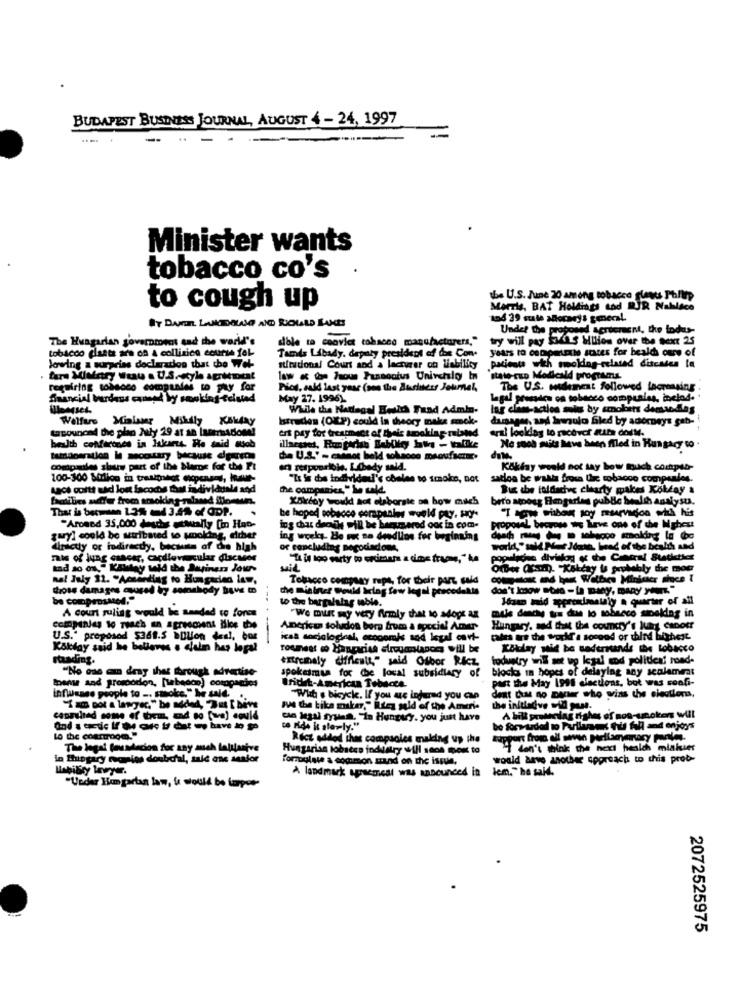
BUDAPEST BUSINESS JOURNAL, AUGUST 4 - 24, 1997
-
Minister wants
tobacco co's
the U.S. June 20 among tobacco glands Ph/Up
to cough up
Morris, BAT Holdings tod MIR Nabisco
104 39 cute Mocney's general.
Under the Fg
woponad agricment, the focus-
The Hungarian governtowet sad the world's
dole to convict tohaces manufacturers,"
try will pay $ins Million over the Next 25
tobacco plaats ara on a collinice course fel-
years to compete states for health ours of
lowing a surpriss declaration that the Web-
Tamds Libady. deputy president of dos Con.
stfracional Court and a lacturar of liability
patients with smoking-related diseases la
state-cup Modicald programs
repairing tobacco companies to pay for
Pici, sald last year (sos the Business Jelimel,
The U.S. mudemest followed increasing .
Suancial burdens canand Wy smoking celuind
May 27. 1996).
legal precies os tobacco comprales, inclod.
While the Nadagal Health Fand Admin.
Ing class-action sales by smobets demac.das
Welfare Malar Misly Kahday
Istrudes (OKP) could in theory make smok-
damages, and harmulo filed by adorDeys gab-
tacounced the plan July 19 at an laseradone!
aral loolday to recover ffs doiM.
ert pay for treatment of theis speklap- related
beulth confarines in Jakarts. He said alsob
Ne sooh muits have been filed in Hungary to
tamoperation In moctary because dearcos
The U.S." - carnet beld sobsoce manufactur.
companies sbury part of the blame for chi Pi
en retpourible, Libody sald.
Kökfay would not say how much compstr
100-300 Billion in trasighedt expenses, haue-
"Is le die individedl's obeles to smoke, not
satlos be walls from the tobacco companies.
Lact coltt uad lost lacodes that individuale and
the companies," he sald.
Bu che toldachve clearty makes Kokday &
X5kdoy would not elaborate on how muich
bero among Hogarles public health analysu.
That is between 1.34 mnd 3.4% of ODP.
he hoped pobaceo companies would pay, sry-
"Aromed 35,000 desche Me
ing chut dreik will be bersmered ooc in com.
proposal becross we have one of the Mphest
zuryl could be stribsted to sokding, either
ing works- He nc sa deedlion for beginning
driety or indirectly, because of die high
or concluding negociadone,
. Net Jdash, head of the bealth and
mais of lung cancer, cardiovascular diacasos
"Ta la loo marty wo erimam a dios frame," ka
tad so on." Koktey wid the Buginers Jours
suit
Omer (ch). "Kekday is probably the moo
nal July 31. "According to Hungarian low,
Tobacco company rept, for their part, said
Cross damages caused by somebody bowe mo
che mieiner Would Icing fow legal precedente
don't Inow stars -ta Baby, BARY YOUIT"
to the bargalalag mable.
Józan mid approximately . quarter of all
A court ruling would be mandad to force
muis denchy tra due lo tobacco sibeldag in
"We mILK my very firmly that to adops AR
companies to Teach an agreement Nice the
American soludos bora frum a special Aner
Hungary, sad that the country's luis canotr
U.S.' proposod $361.5 DDlion des !, bor
icss sociological, eccoomis sod legal cavt-
cafes are the world's sonood or third highest
Kokday said he believes . claim haş lapal
Kolay wie be saderrands the tobacco
standing.
extremely difficult," said Osbor Ricz
toduntry will set up legal wod politicaf hond-
"No one am deny that through advertise-
spokesman for the local subsidiary of
blocks in hopes of delaying any scalamit
Inans and promotion, [ebacon) compactes
part the May 1998 elections, bot was confi-
Wridet-American Tobacce.
infusase people to ... smoke," he said.
With s bicycle. If you ue injured you can
dent cas no Dauer who wins the elections,
"I am por a lawyer," be added, Das [ beve
Be the tika maker," ilies sold of the Ameri-
the initialve will pass.
canauhad some of them, and so [we) covid
can legal system. "In Hungary, you just have
A bill pretening dishes of non-unokens will
to ride k ale-ly."
bo formuded to Parllunes tus fall and enjoys
Lo the courtroom."
Rict added thas companies making up the
The legal fousdecion for any much lolulasive
Hungarise lobites industry will sãos most to
en't think the next healch mial
in Shipgary receios doubcal, said one ssafor
Formulate a common sand on the issue,
would have another sporeach to this prob-
Ihobisty loyer.
A landmark apractical was announced in kem," he said.
"Under Hon partan law, it would be tarpoe-
2072525975